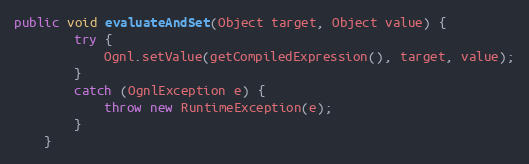
Language: Java
public void evaluateAndSet(Object target, Object value) {
        try {
            Ognl.setValue(getCompiledExpression(), target, value);
        }
        catch (OgnlException e) {
            throw new RuntimeException(e);
        }
    }